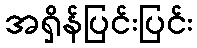
အရှိန်ပြင်းပြင်း